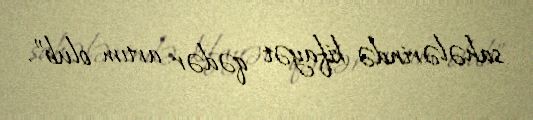
sahələrində kifayət qədər artım olub”.